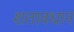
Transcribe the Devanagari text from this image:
शतावधान